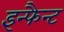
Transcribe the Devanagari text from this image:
इन्फैन्ट